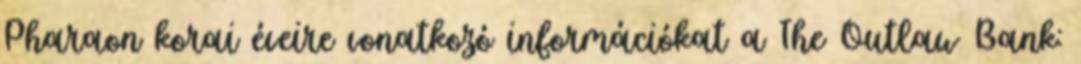
Pharaon korai éveire vonatkozó információkat a The Outlaw Bank: